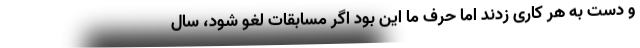
و دست به هر کاری زدند اما حرف ما این بود اگر مسابقات لغو شود، سال